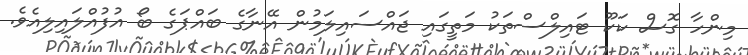
މިންހާ ގޮސް ކަކޫ ޓައިލްސްތަކު މަތީގައި ޖައްސައިލަމުން އޭނާގެ ބައްޕަގެ ބޯ އުފުއްލައިލިއެވެ.